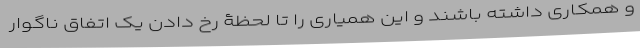
و همکاری داشته باشند و این همیاری را تا لحظۀ رخ دادن یک اتفاق ناگوار